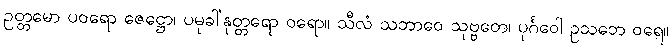
ဥတ္တမော ပဝရော ဇေဋ္ဌော၊ ပမုခါ’နုတ္တရော ဝရော။ သီလံ သဘာဝေ သုဗ္ဗတေ၊ ပုင်္ဂဝေါ ဥသဘေ ဝရေ။